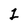
Character: 1